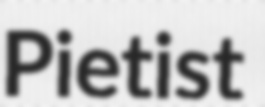
Pietist